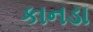
કાનડા